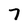
Character: 7